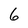
Character: 6